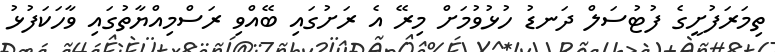
ތިމަރަފުށީގެ ފުޓުސަލް ދަނޑު ހުޅުވުމަށް މިރޭ އެ ރަށުގައި ބޭއްވި ރަސްމިއްޔާތުގައި ވާހަކަފުޅު